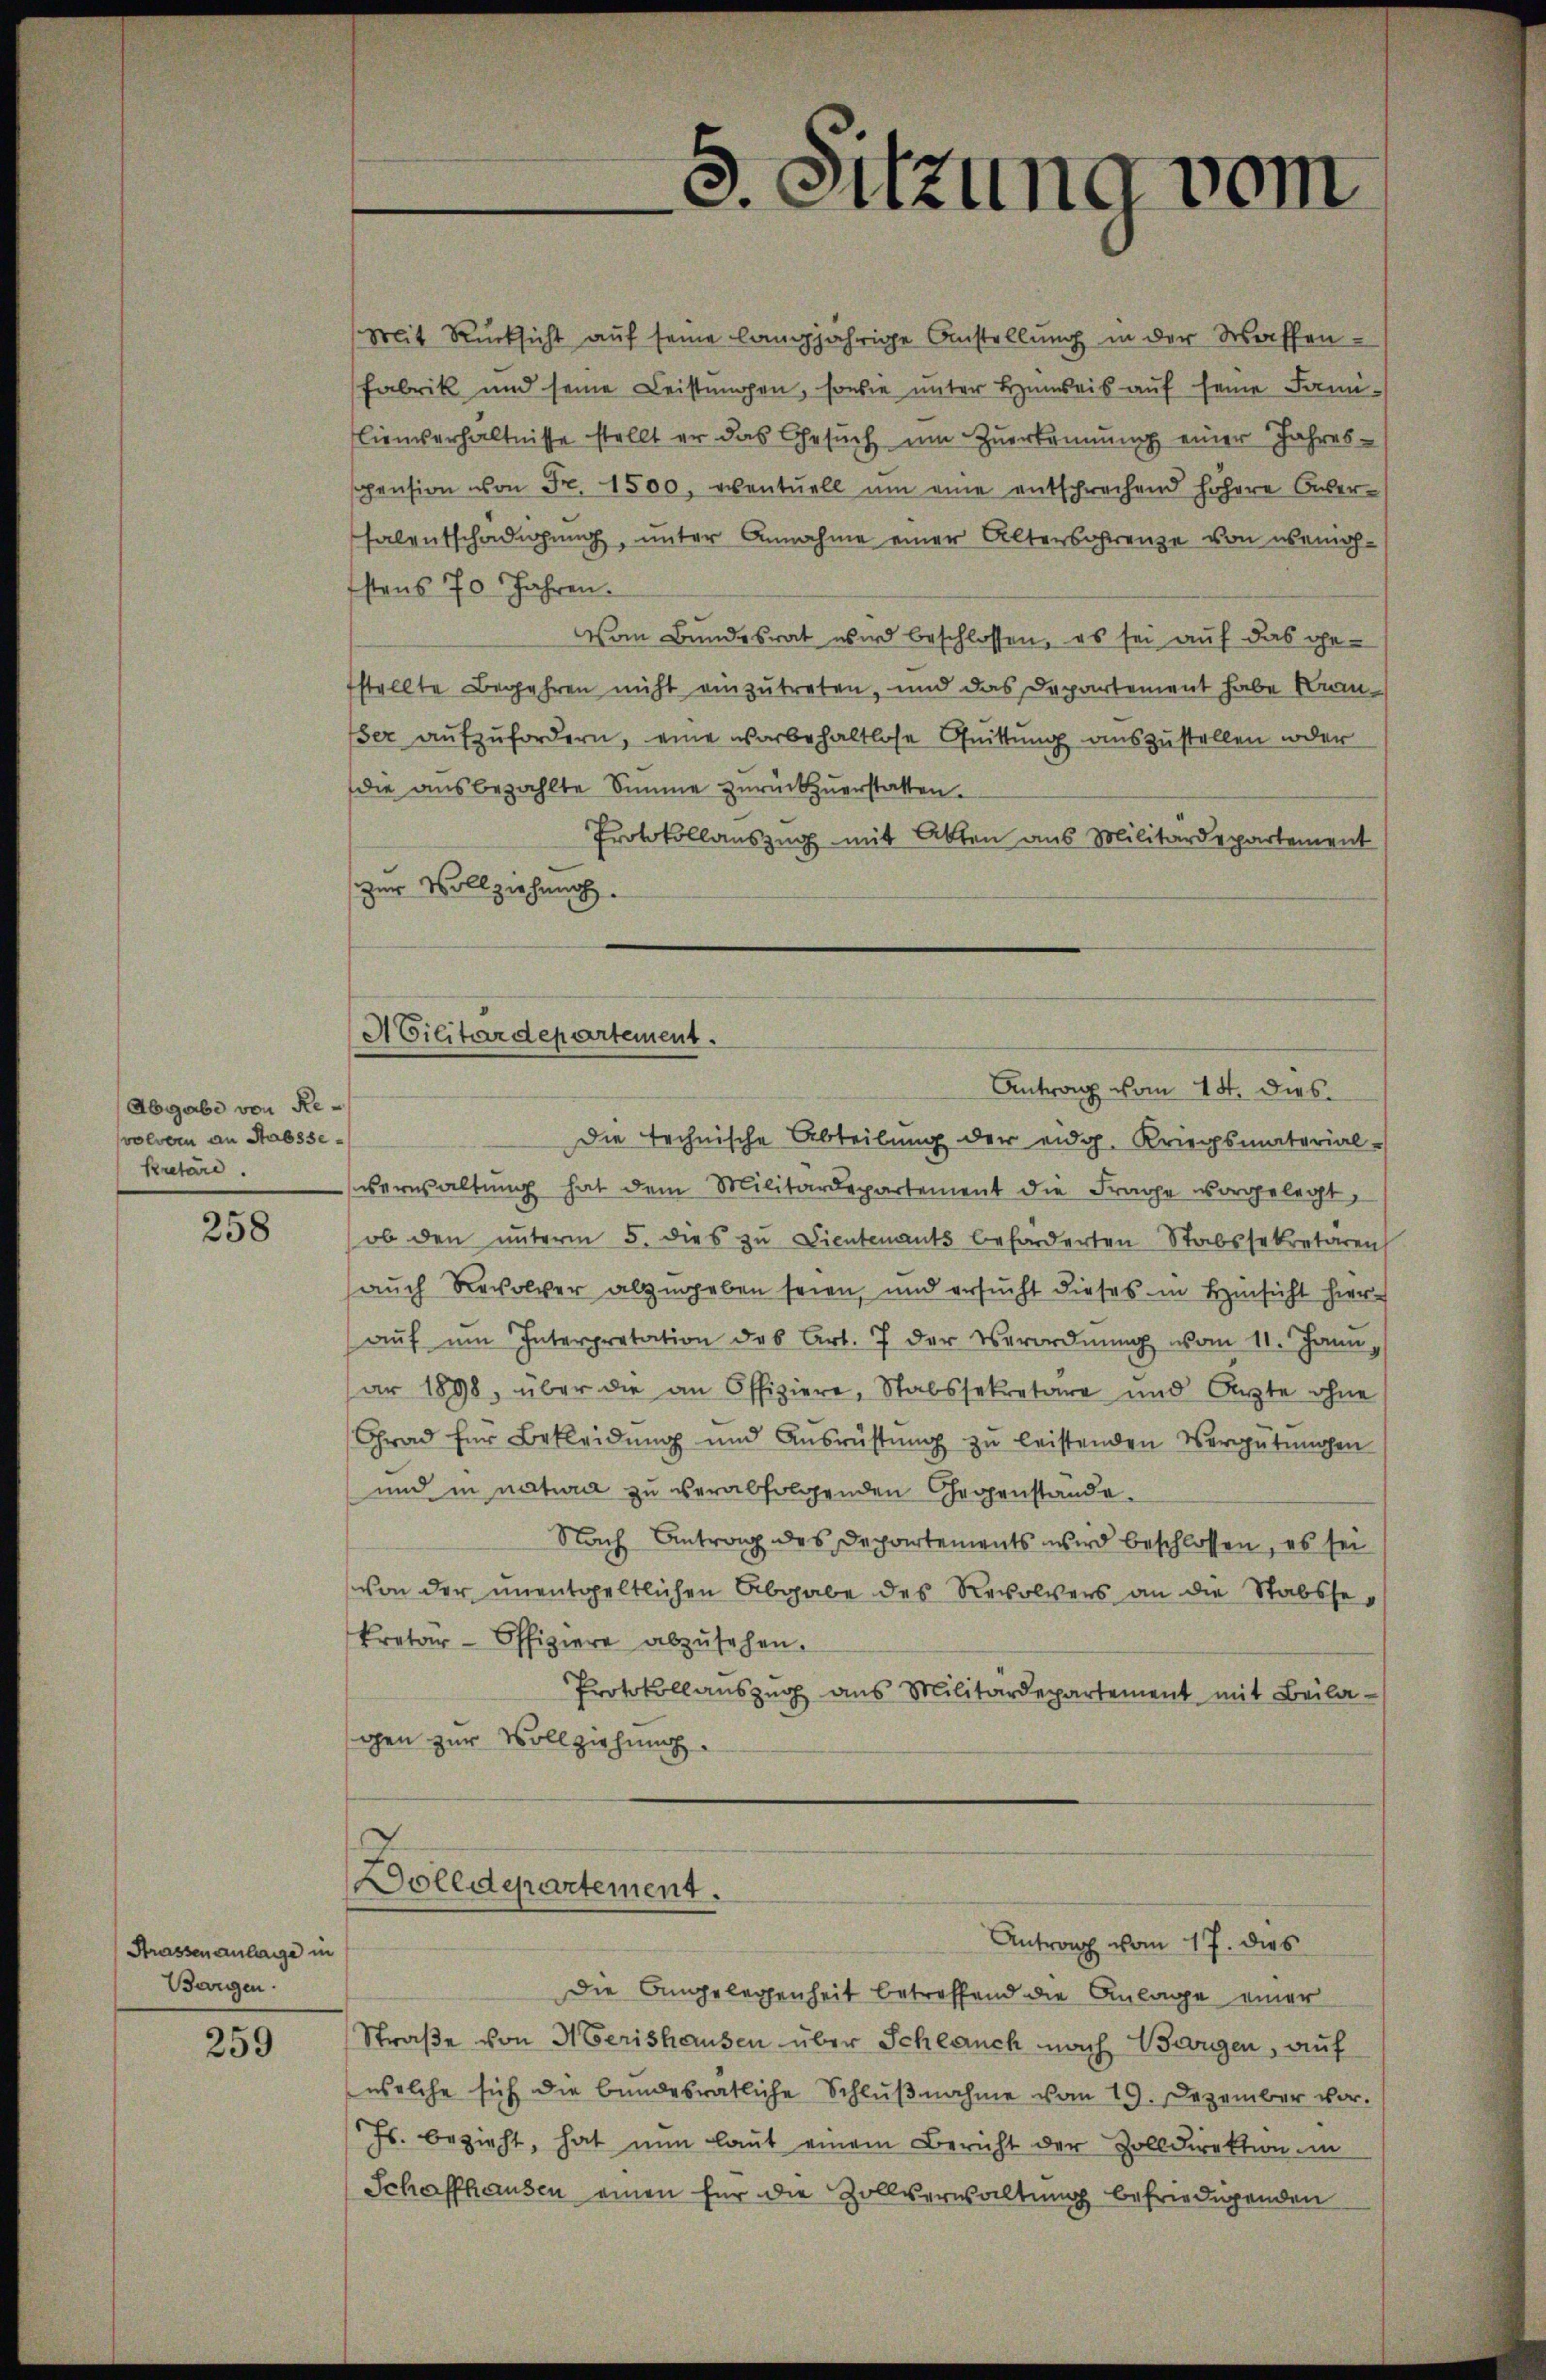
Abgabe von Revolvern an Habssekretäre.

258

Strassenanlage in
Borgen.

259

e

Mit Rücksicht auf seine langjährige Anstellung in der Waffen-
Fabrik und seine Leistungen, sowie unter Hinweis auf seine Sanlienverhältnisse stellt er das Gesŭch um Zuerkennung einer Jahres-
Pension von Fr. 1500, eventuell um eine entschrechend höhere Auser-
salentschädigung, unter Annahme einer Altersorenze von übernohstens 70 Jahren.
Vom Bundesrat wird beschlossen, es sei auf das ge-
stellte Begehren nicht einzutreten, und das Departement habe Kamser aufzufordern, eine vorbehaltlose Quittung auszustellen oder
die ausbezahlte Simme zurückzuerstatten.
Protokollauszug mit Akten aus Militärdepartement
zur Vollziehung.
Die technische Abteilung der eidg. Kriegsmaterial-
verwaltŭng hat dem Militärdepartement die Frage vorgelegt,
ob den ŭnterm 5. dies zu Dientenants beförderten Stabssekretären
auch Revolver abzugeben seien, und ersucht dieses in Hinsicht hieraŭf ŭm Interpretation des Art. 7 der Verordnŭng vom 11. Jann,
ar 1898, über die an Offiziere, Stabssekretäre und Ärzte ohne
Grad für Bekleidung und Ausrüstung zu leistenden Vergütungen
und in natura zu verabfolgenden Gegenstände.
Nach Antrag des Departements wird beschlossen, es sei
von der unentgeltlichen Abgabe des Revolvers an die Stabssekretär-Offiziere abzŭsehen.
Protokollauszug aus Militärdepartement mit Beilagen zur Vollziehung

s
.Sitzung vom

ACilitärdepartement.
Antrag vom 14. dies

Dolldepartement.

Antrag vom 17. dies

Die Angelegenheit betreffend die Anlage einer
Straße von Herishausen über Schlauch nach Berggen, auf
welche sich die bundesratliche Schlŭβnahme vom 19. Dezember vor.
Js. bezieht, hat nun laut einem Bericht der Zolldirektion in
Schaffhausen einen für die Zollverwaltung befriedigenden